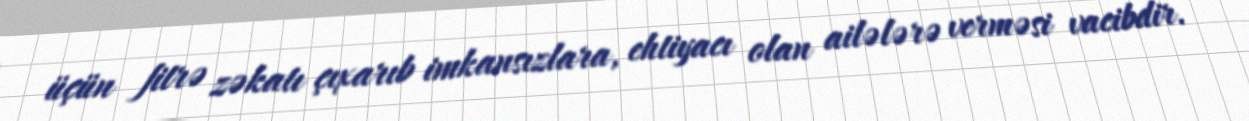
üçün fitrə zəkatı çıxarıb imkansızlara, ehtiyacı olan ailələrə verməsi vacibdir.